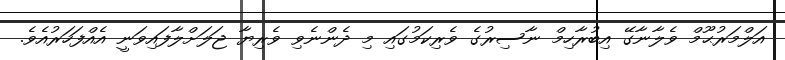
އަލްމަރުޙޫމް ވެލާނާގޭ އިބުރާހިމް ނާސިރުގެ ވެރިކަމުގައި މި ދެންނެވި ވެރިޔާ ޖަލަށްލާފައިވަނީ އެއްފަހަރުއެވެ.